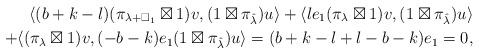
LaTeX: \begin{align*} \langle (b+k-l)(\pi_{\lambda+\square_1}\boxtimes 1)v,(1\boxtimes\pi_{\hat{\lambda}})u\rangle+\langle le_1(\pi_{\lambda}\boxtimes 1)v,(1\boxtimes\pi_{\hat{\lambda}})u\rangle \\+\langle (\pi_{\lambda}\boxtimes 1)v,(-b-k)e_1(1\boxtimes\pi_{\hat{\lambda}})u \rangle = (b+k-l+l-b-k)e_1 = 0, \end{align*}